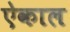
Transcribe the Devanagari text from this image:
ऐकाल